Trukikaitis_Postimees, lk 40
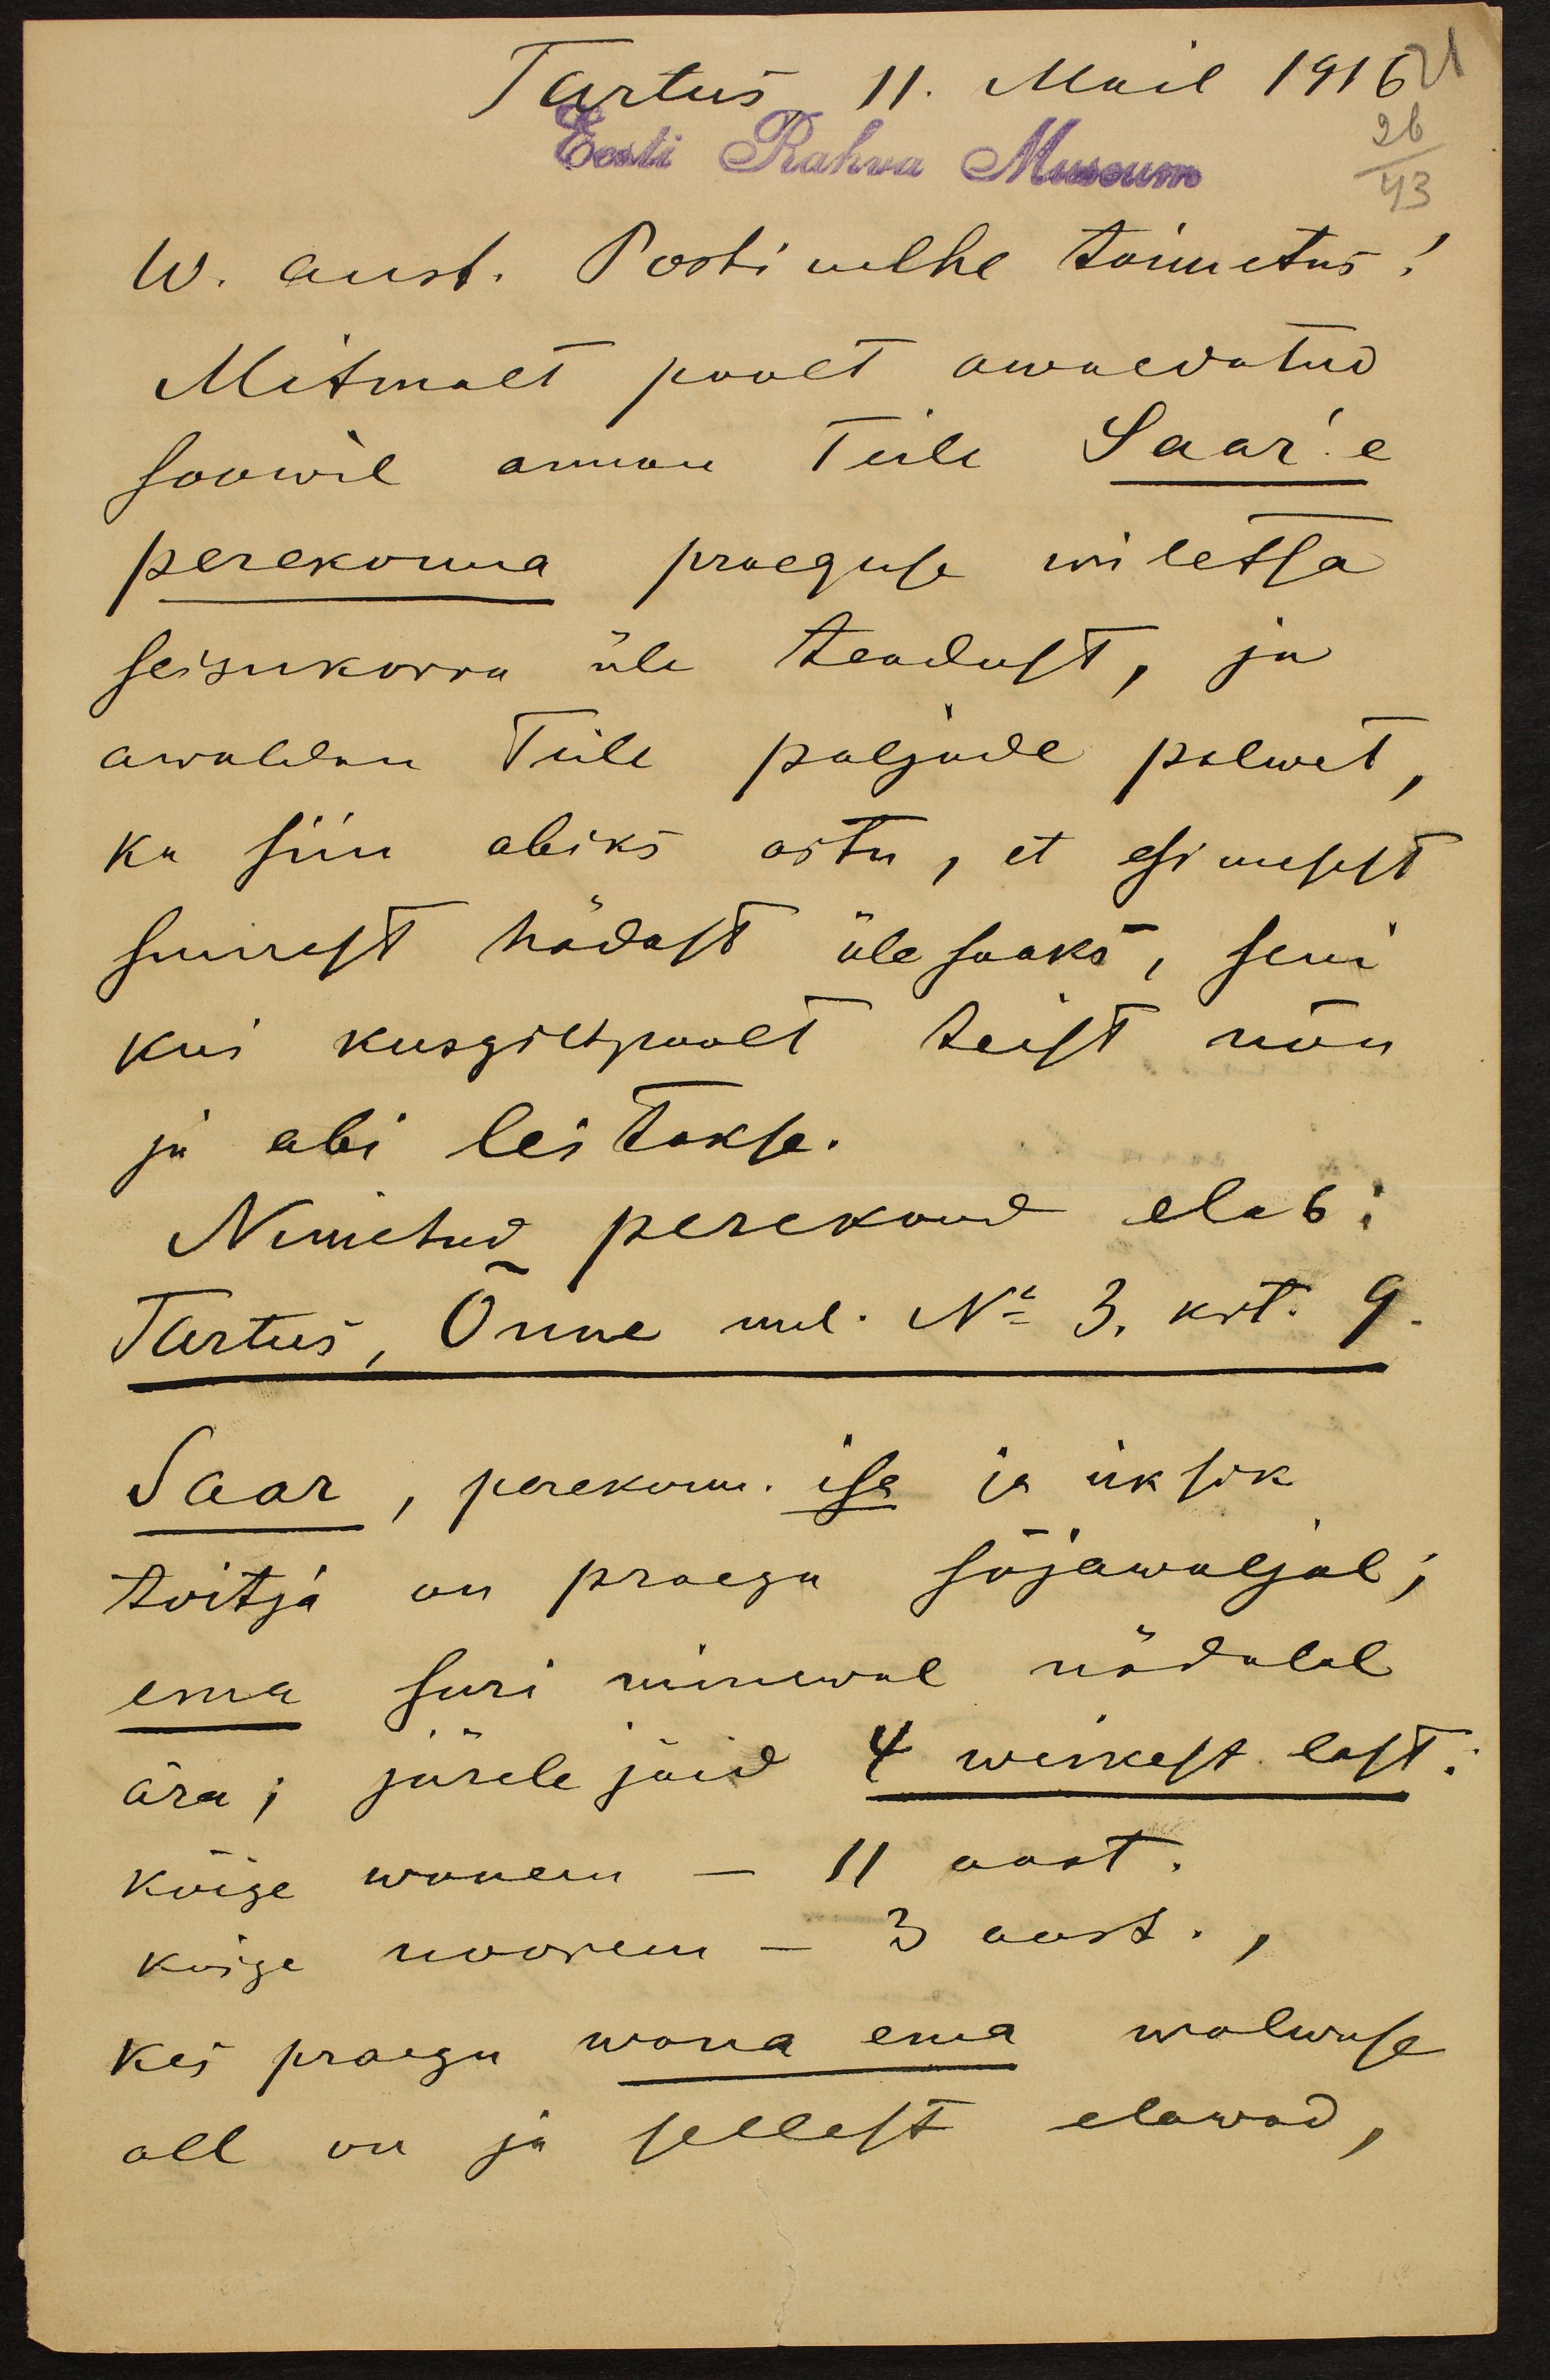
Tartus  11. Mail 1916
Eest Rahwa Museum
26
43
W. aust. Postimehe toimetus!
Mitmelt poolt awaldatud
soowil annan Teile Saar'e
perekonna praeguse wiletsa
seisukorra üle teadust, ja
awaldan Teile paljude palwet,
ka siin abiks astu, et esimeset
suurest hädast üle saaks, seni
kui kusgiltpoolt teist nõu
ja abi leitakse.
Nimetud perekond elab:
Tartus, Õnne uul. No 3, krt. 9.
Saar, perekonn. isa ja üksik
toitja on praegu sõjawäljal;
ema suri minewal nädalal
ära; järele jäid 4 weikest last.
kõige wanem - 11 aast.
kõige noorem - 3 aast.
kes praegu wana ema walwuse
all on ja sellest elawad,